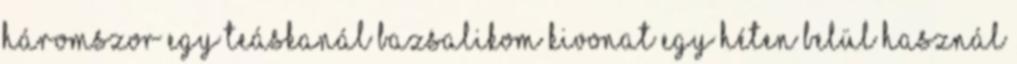
háromszor egy teáskanál bazsalikom kivonat egy héten belül használ